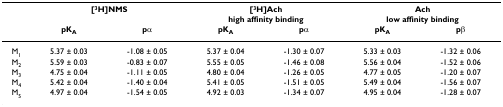
<table><thead><tr><td></td><td colspan="2"><b>[<sup>3</sup>H]NMS</b></td><td colspan="2"><b>[<sup>3</sup>H]Ach</b></td><td colspan="2"><b>Ach</b></td></tr><tr><td></td><td></td><td></td><td colspan="2"><b>high affinity binding</b></td><td colspan="2"><b>low affinity binding</b></td></tr><tr><td></td><td><b>pK<sub>A</sub></b></td><td><b>pα</b></td><td><b>pK<sub>A</sub></b></td><td><b>pα</b></td><td><b>pK<sub>A</sub></b></td><td><b>pβ</b></td></tr></thead><tbody><tr><td>M<sub>1</sub></td><td>5.37 ± 0.03</td><td>-1.08 ± 0.05</td><td>5.37 ± 0.04</td><td>-1.30 ± 0.07</td><td>5.33 ± 0.03</td><td>-1.32 ± 0.06</td></tr><tr><td>M<sub>2</sub></td><td>5.59 ± 0.03</td><td>-0.83 ± 0.07</td><td>5.55 ± 0.05</td><td>-1.46 ± 0.08</td><td>5.56 ± 0.04</td><td>-1.52 ± 0.06</td></tr><tr><td>M<sub>3</sub></td><td>4.75 ± 0.04</td><td>-1.11 ± 0.05</td><td>4.80 ± 0.04</td><td>-1.26 ± 0.05</td><td>4.77 ± 0.05</td><td>-1.20 ± 0.07</td></tr><tr><td>M<sub>4</sub></td><td>5.42 ± 0.04</td><td>-1.40 ± 0.04</td><td>5.41 ± 0.05</td><td>-1.51 ± 0.05</td><td>5.49 ± 0.04</td><td>-1.56 ± 0.07</td></tr><tr><td>M<sub>5</sub></td><td>4.97 ± 0.04</td><td>-1.54 ± 0.05</td><td>4.92 ± 0.03</td><td>-1.34 ± 0.07</td><td>4.95 ± 0.04</td><td>-1.28 ± 0.07</td></tr></tbody></table>